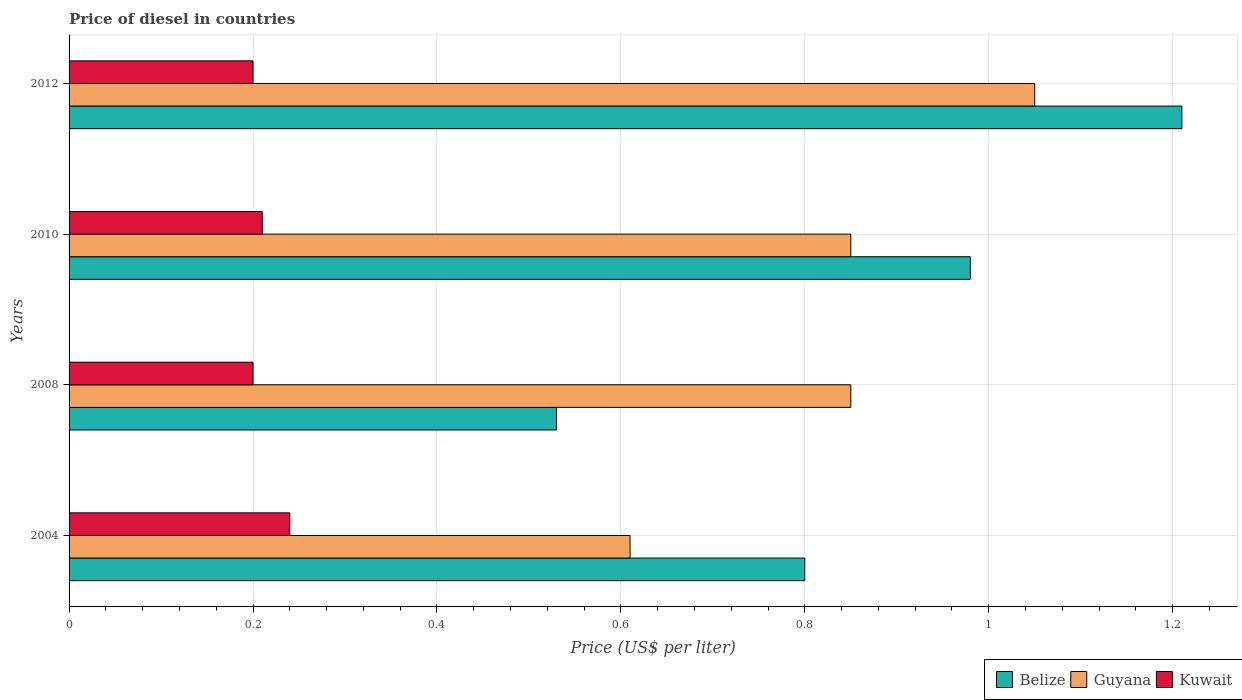
| Years | Belize | Guyana | Kuwait |
 | --- | --- | --- | --- |
 | 2004 | 0.8 | 0.61 | 0.24 |
 | 2008 | 0.53 | 0.85 | 0.2 |
 | 2010 | 0.98 | 0.85 | 0.21 |
 | 2012 | 1.21 | 1.05 | 0.2 |